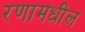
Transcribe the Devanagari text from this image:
रणामधील